Vaike-Kopu_(Puiatu)_vallavalitsus, lk 20
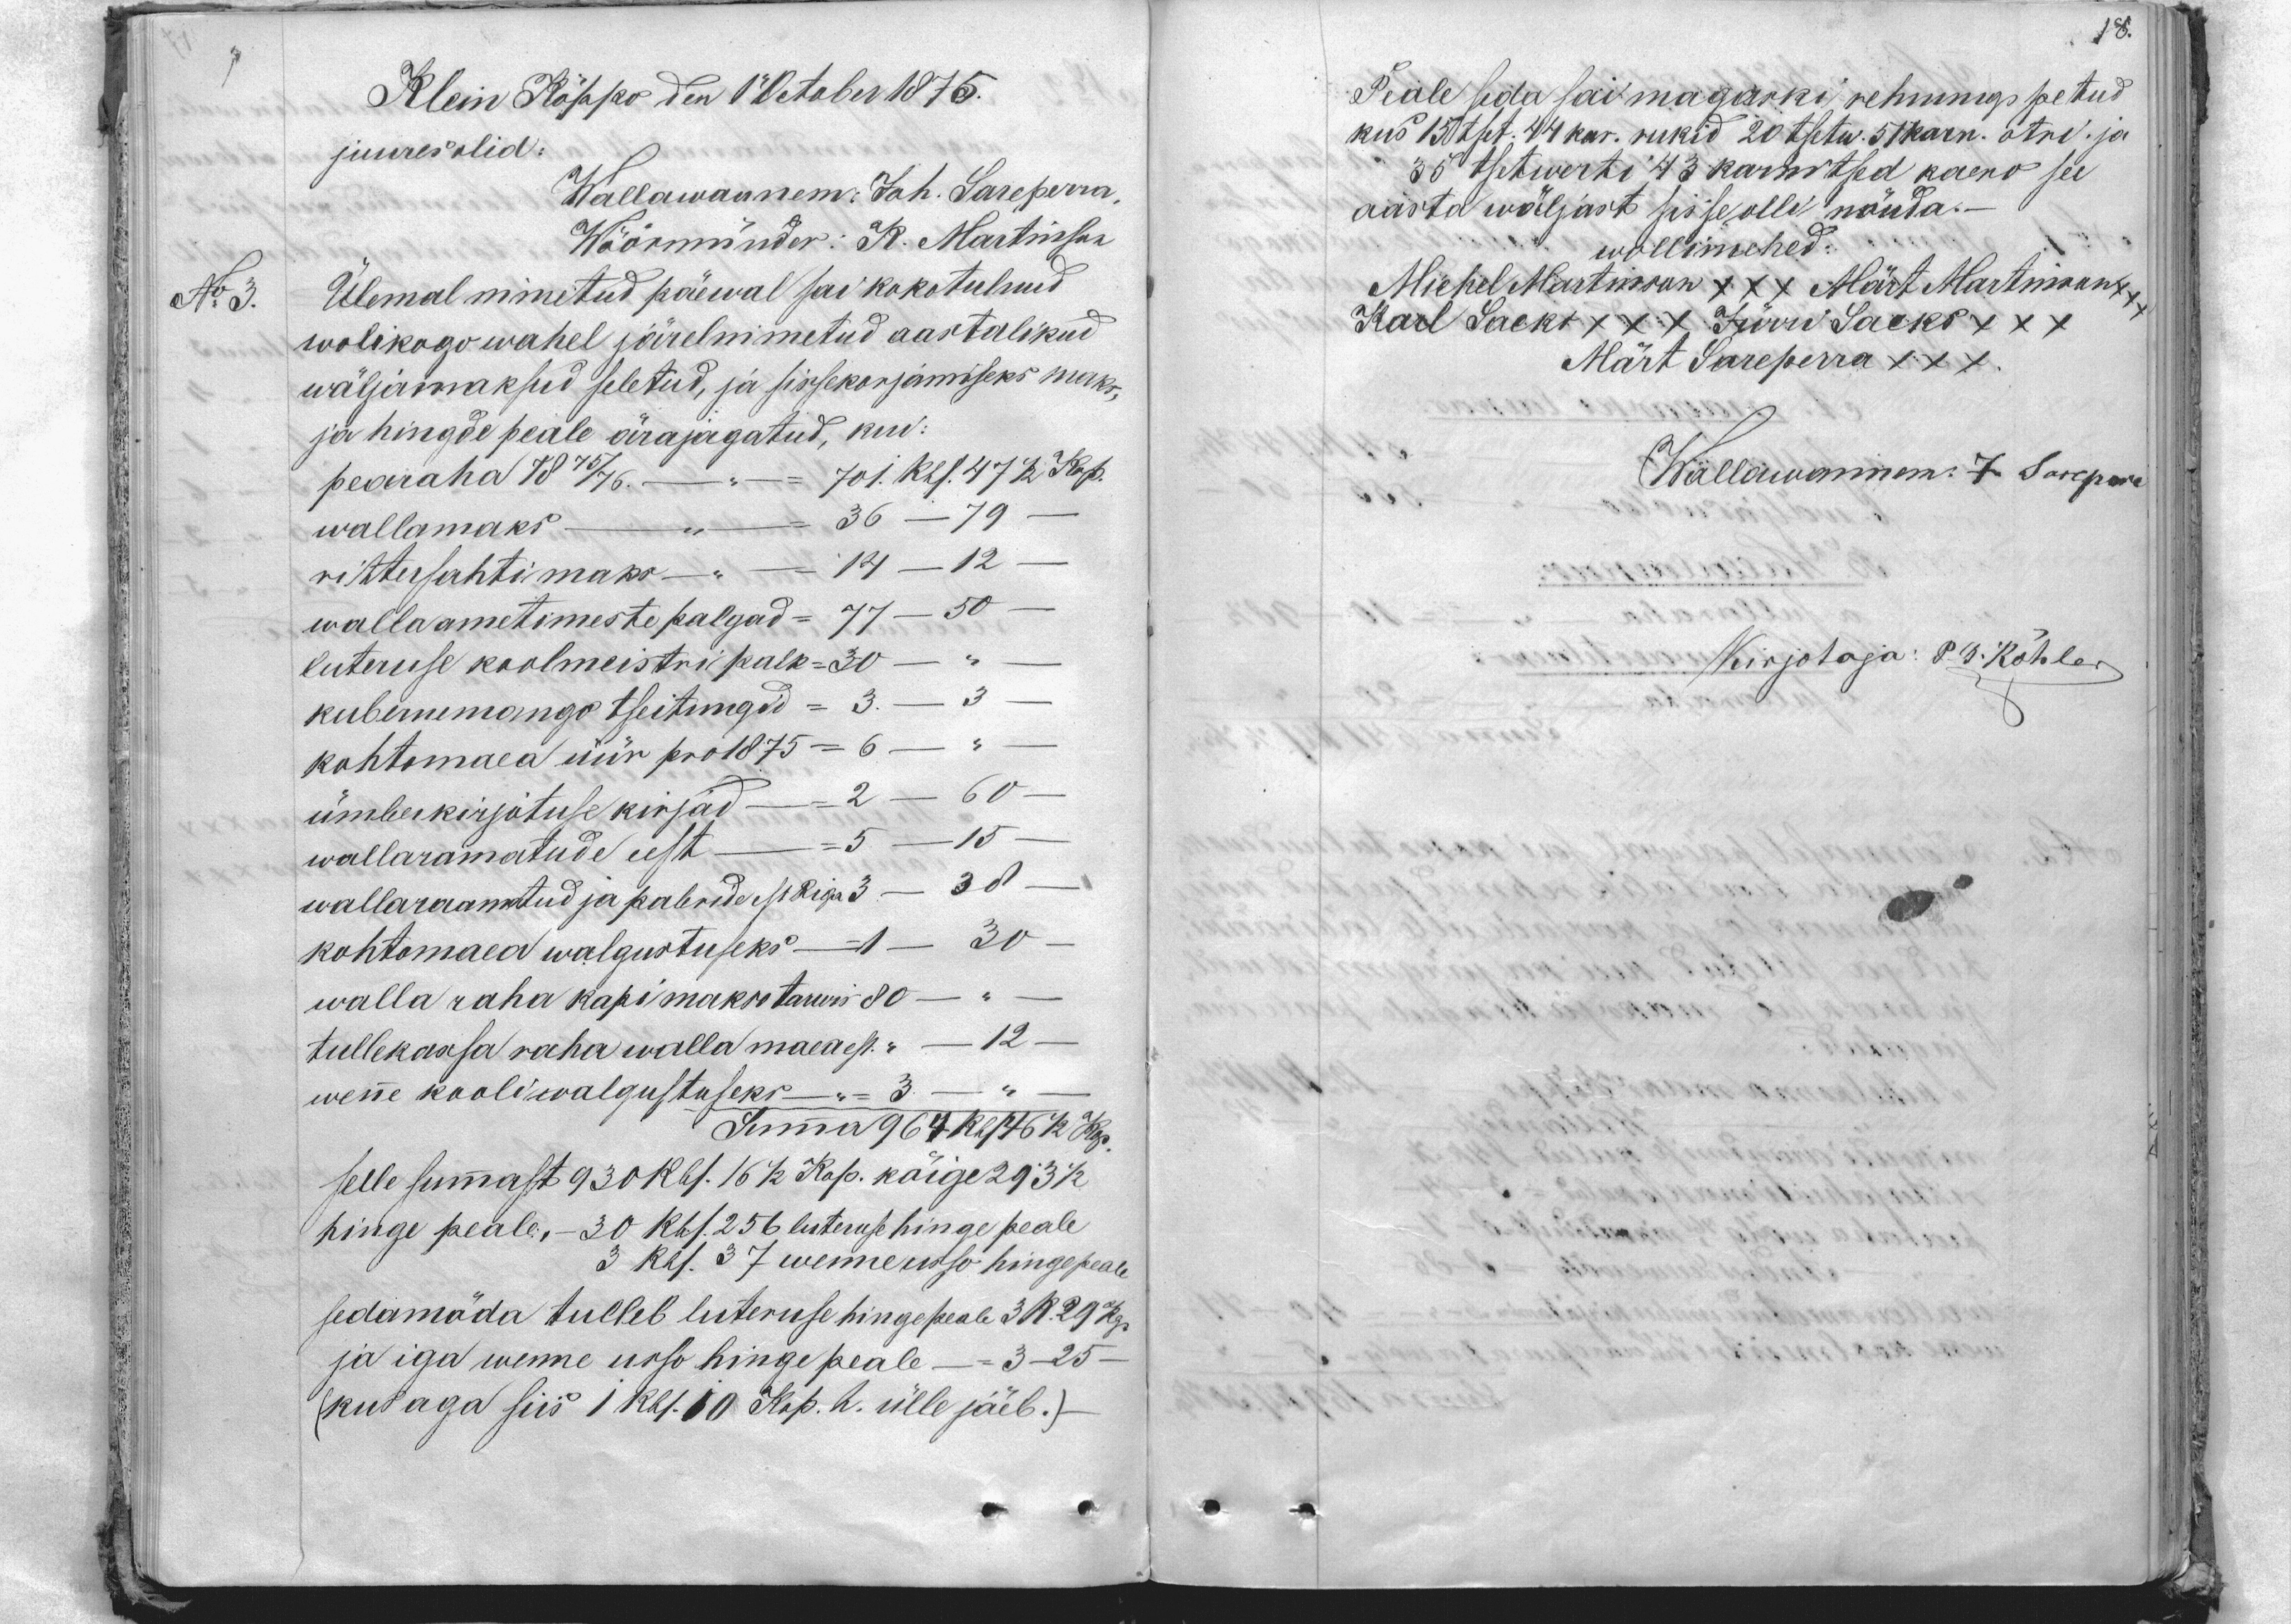
18.

Klein Kõppo den 1 1 Vetaber 1875.
juures olid:
Wallawannem: Joh. Sareperra,
Wöörmünder: K. Martinson
N: 3.
Ülemal nimetud päewal sai kokotulnud
wolikogo wahel järelmimetud aastalikud
wäljamaksud seletud, ja sissekorjamiseks maks-
ja hingde peale ärajagatud, kui:
pearaha 1875/76 - =  701 Rbl. 47 1/2 Kop.
wallamaks - = 36 - 79 -
rittersahti maks - = 14 - 12
walla ametimeste palgad = 77 - 50 -
kubermemango tseitungid = 3. - 3
kohtomaea üür pro 1875  = 6  -
luteruse koolmeistri palk = 30
ümberkirjotuse kirjad = 2 - 60
wallaramatude eest  = 5 -15.
wallaraamatud ja pabride est Riga 3 - 38.
kohtomaea walgustuseks = 1 - 30
walla raha kapi makso tarwis  80 -
tullekaasa raha walla maea est -" - 12 -
wene kooli walgustuseks
= 3 --
Summa 964 Rbl 46 1/2 kop.
selle summast 930 Rbl. 16 1/2. kaso. köige 293 1/2.
hinge peale, - 30 Rbl. 256 luteruse hinge peale
3 Rbl. 37 wenne usso hinge peale
sedamöda tulleb luteruse hingepeale 3 Ru 29 kop
ja iga wenne usso hinge peale =  3 -25 -
(kus aga siis 1 Rbl. 50 kop. h. ülle jäeb.)

Peale seda sai magaski rehnungi petud
kus 150 tset. 44 kar. rukid 20 tsetw. 51 karn. otre ja
35 tsetwerti 43 karnitsed kaero see
aasta wäljast sisse olli nöuda.
wollimehed:
Michel Martinson xxx Märt Martmann,
Karl Lacks XXX Jürri Lacks XXX
Märt Sareperra XXX
Wällawannem J. Sarepere
Kirjotaja: P. B. Köhler